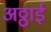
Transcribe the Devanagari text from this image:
अठ्ठाई